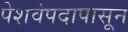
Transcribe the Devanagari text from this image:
पेशवेपदापासून